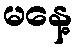
မနေ့